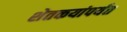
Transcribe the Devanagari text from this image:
शेतकयांपर्यंत